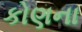
કોણના